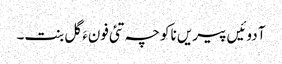
آ دوئیں پیریں ناکو چہ تئی فونءَ گل بنت۔